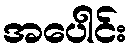
အပေါင်း